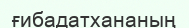
ғибадатхананың